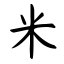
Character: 米